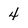
Character: 4